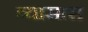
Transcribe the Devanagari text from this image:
व्यासास